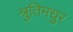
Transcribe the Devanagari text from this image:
श्रुतिमधुर